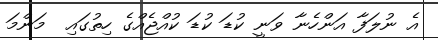
އެ ނުލަފާ އަންހެނާ ވަނީ ކުޑަ ކުޑަ ކުއްޖެއްގެ ހިތުގައި  މަންމަ